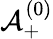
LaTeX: \mathbf{\mathcal{A}}_{+}^{(0)}